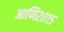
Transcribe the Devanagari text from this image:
आणि२०१५